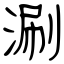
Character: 涮